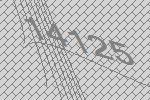
14125